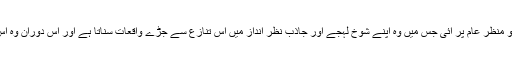
پھر ایک نوجوان ڈاکٹر کی ویڈیو منظرِ عام پر آئی جس میں وہ اپنے شوخ لہجے اور جاذب نظر انداز میں اس تنازع سے جڑے واقعات سناتا ہے اور اس دوران وہ اس شعر کا تڑکا بھی لگادیتا ہے۔